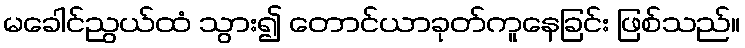
မခေါင်ညွယ်ထံ သွား၍ တောင်ယာခုတ်ကူနေခြင်း ဖြစ်သည်။